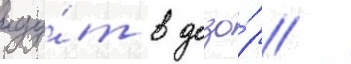
иду́т в дозо́р /